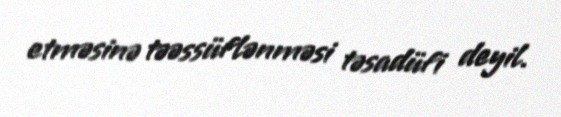
etməsinə təəssüflənməsi təsadüfi deyil.